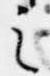
之